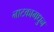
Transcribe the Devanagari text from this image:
नाटकामधु्न